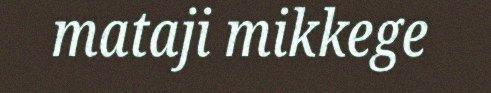
mataji mikkege